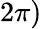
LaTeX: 2\pi)